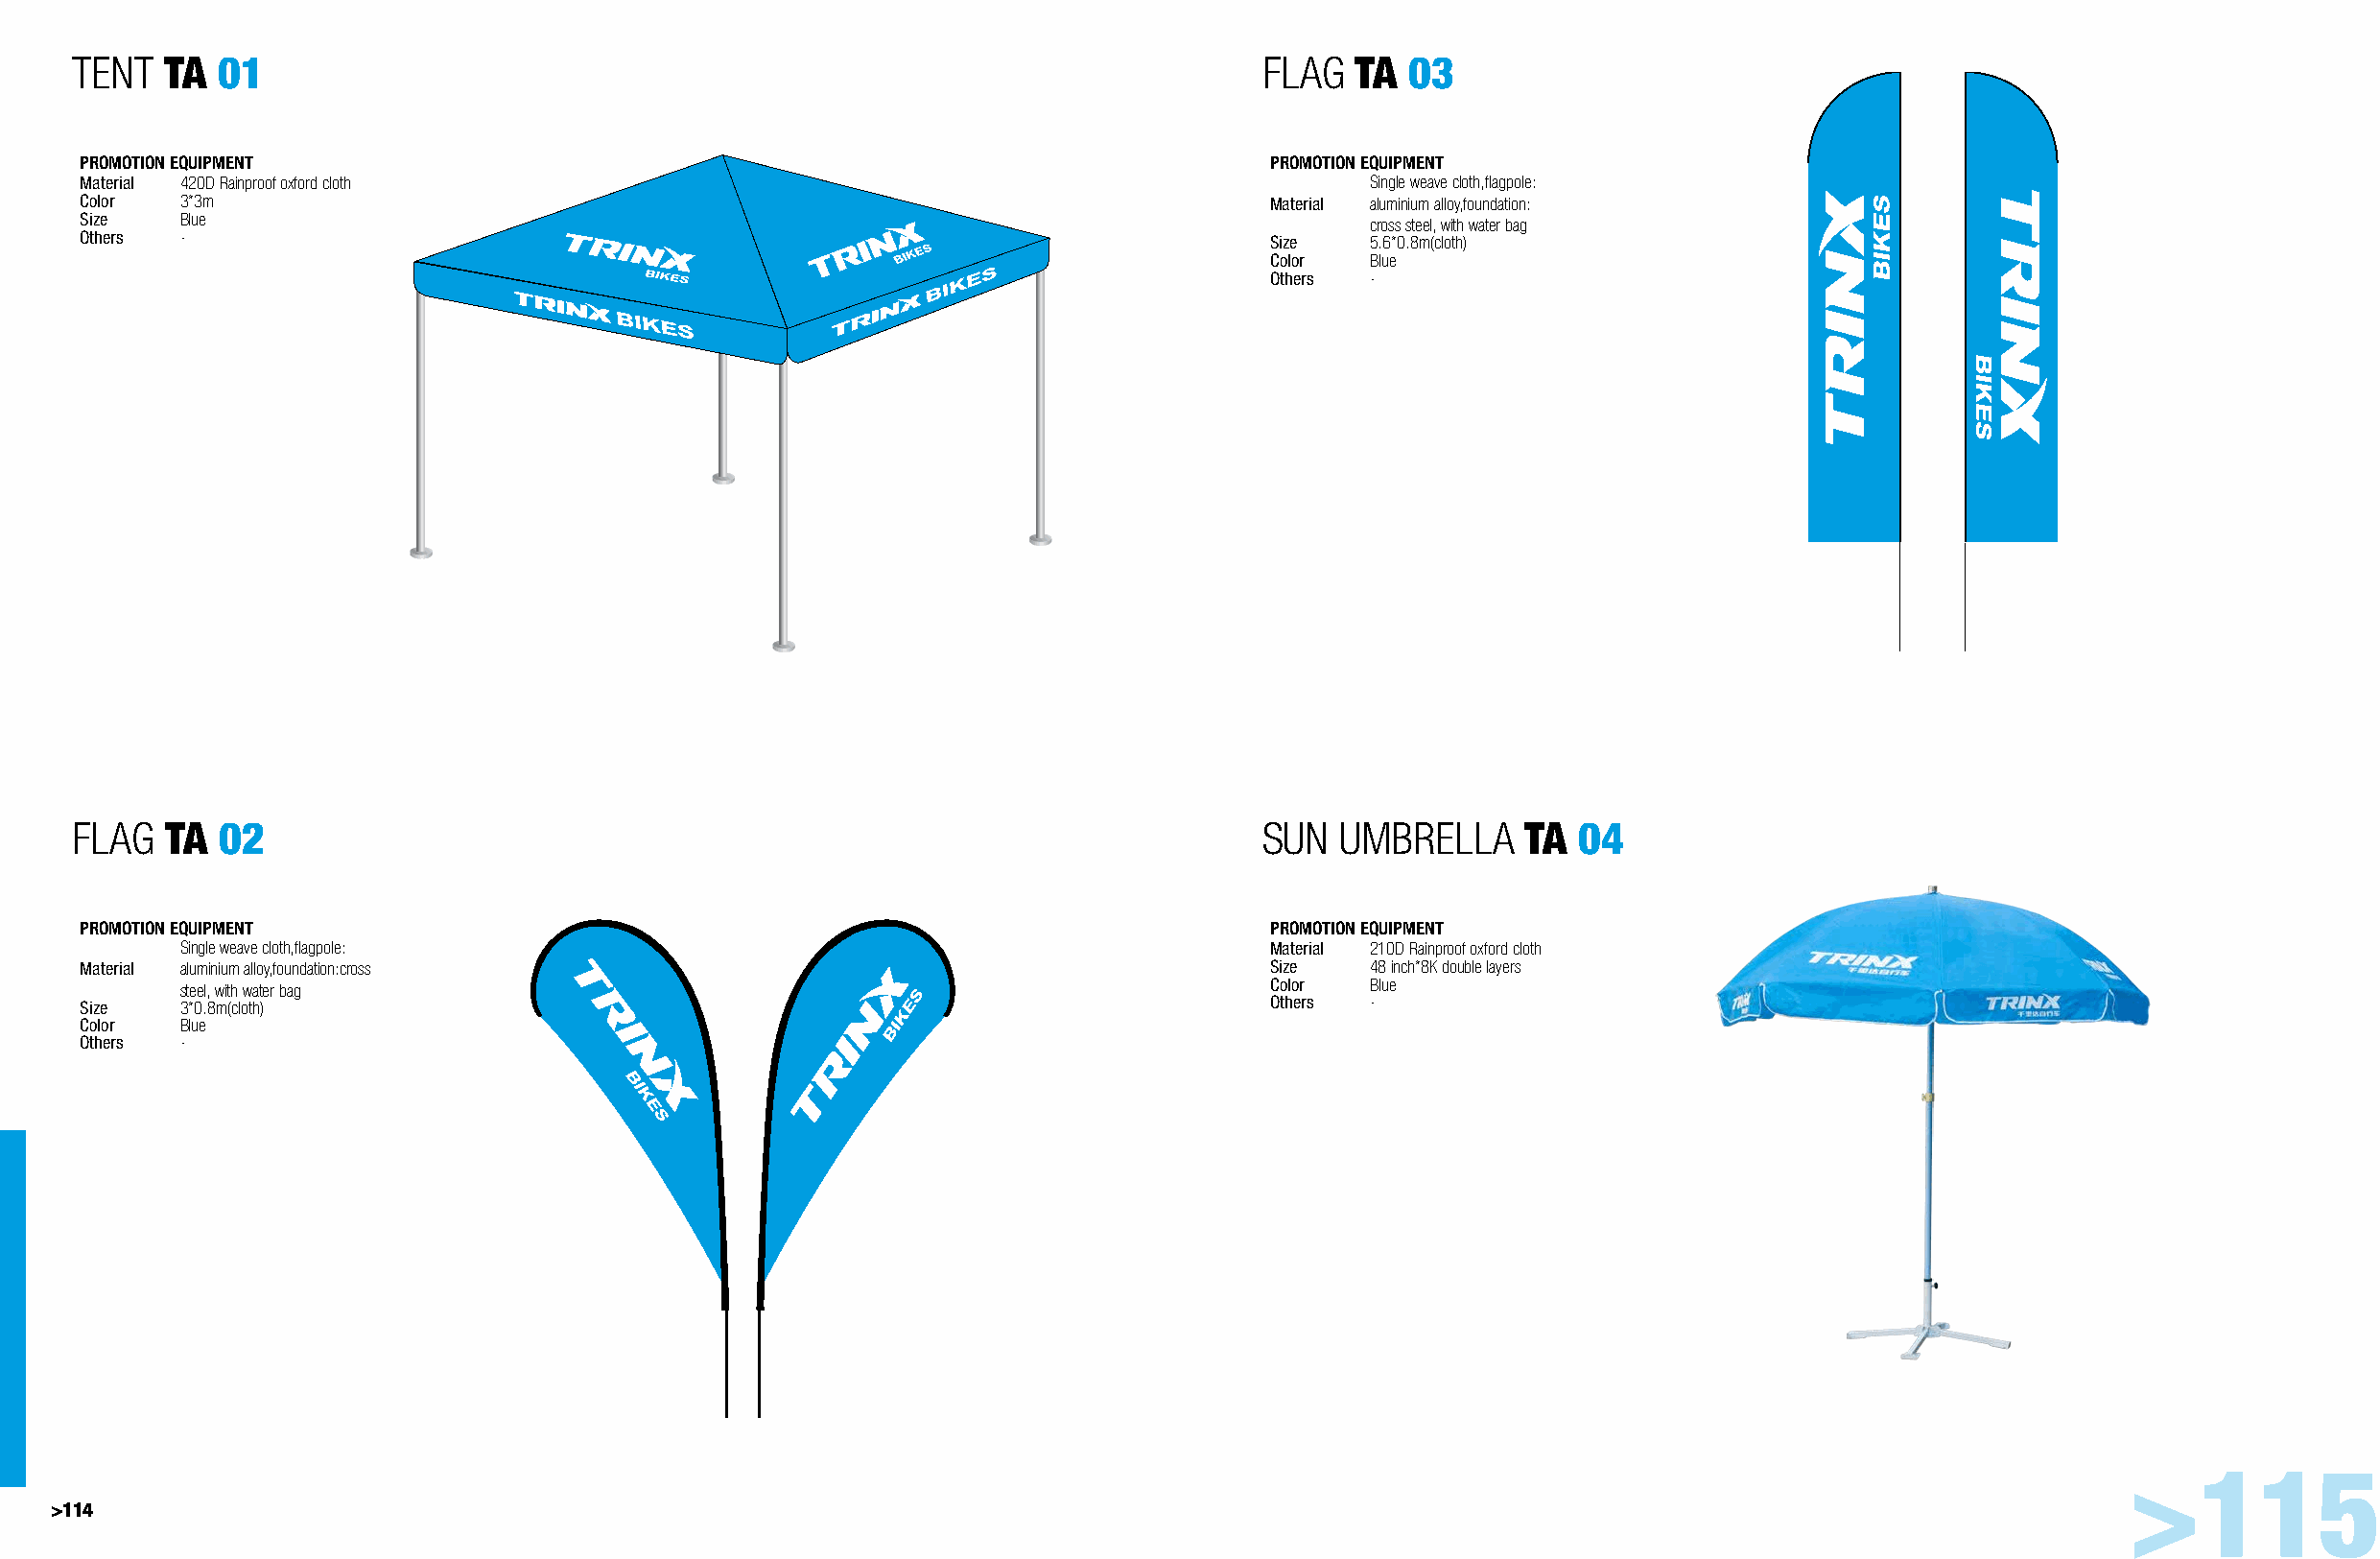
TENT  TA  01                                                                      FLAG  TA  03
 PROMOTION EQUIPMENT                                                               PROMOTION EQUIPMENT
 Material 420D Rainproof oxford cloth                                                     Single weave cloth,flagpole:
 Color 3*3m                                                                        Material aluminium alloy,foundation:
 Size  Blue                                                                               cross steel, with water bag
 Others -                                                                          Size   5.6*0.8m(cloth)
 Color  Blue
 Others -
 FLAG  TA  02                                                                      SUN  UMBRELLA     TA  04
 PROMOTION EQUIPMENT                                                               PROMOTION EQUIPMENT
 Single weave cloth,flagpole:                                                Material 210D Rainproof oxford cloth
 Material aluminium alloy,foundation:cross                                         Size   48 inch*8K double layers
 steel, with water bag                                                       Color  Blue
 Size  3*0.8m(cloth)                                                               Others -
 Color Blue
 Others -
 >115
 >114